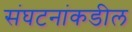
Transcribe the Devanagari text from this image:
संघटनांकडील